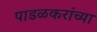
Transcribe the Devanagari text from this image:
पाडळकरांच्या